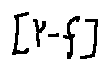
[ Y - f ]